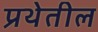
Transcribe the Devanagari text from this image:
प्रथेतील